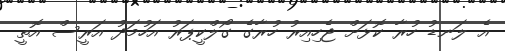
އެ ލަނޑު ހުރާ ކޮޅަށް ޖެހިއިރު ހުރާގެ ގޯލްކީޕަރު އަހުމަދު އަރީސް އޮތީ